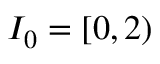
I _ { 0 } = [ 0 \AA , 2 \AA )